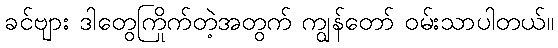
ခင်ဗျား ဒါတွေကြိုက်တဲ့အတွက် ကျွန်တော် ဝမ်းသာပါတယ်။